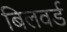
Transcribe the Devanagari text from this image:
बिलवर्ड